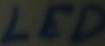
Text: LED